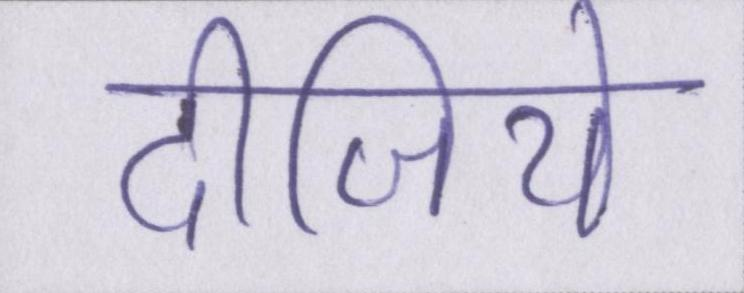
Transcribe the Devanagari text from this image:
दीजिये